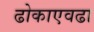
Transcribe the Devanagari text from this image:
ढोकाएवढा